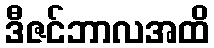
ဒီဇင်ဘာလအထိ